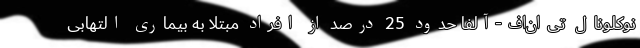
نوکلونال تی‌ان‌اف-آلفا حدود 25 درصد از افراد مبتلا به بیماری التهابی